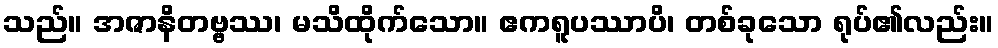
သည်။ အဇာနိတဗ္ဗဿ၊ မသိထိုက်သော။ ဧကရူပဿာပိ၊ တစ်ခုသော ရုပ်၏လည်း။